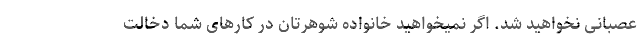
عصبانی نخواهید شد. اگر نمیخواهید خانواده شوهرتان در کارهای شما دخالت